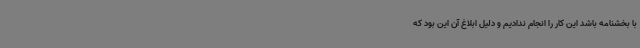
با بخشنامه باشد این کار را انجام ندادیم و دلیل ابلاغ آن این بود که